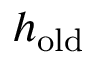
h _ { \mathrm { o l d } }